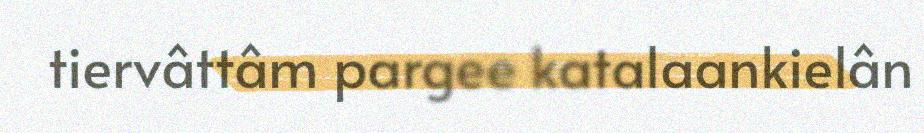
tiervâttâm pargee katalaankielân